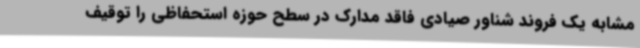
مشابه یک فروند شناور صیادی فاقد مدارک در سطح حوزه استحفاظی را توقیف